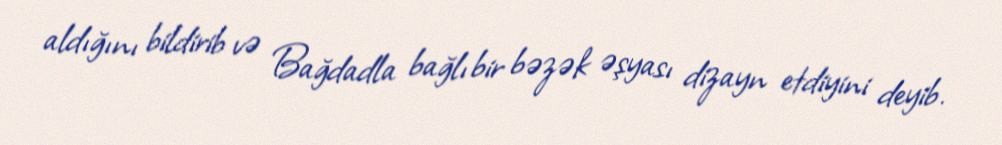
aldığını bildirib və Bağdadla bağlı bir bəzək əşyası dizayn etdiyini deyib.